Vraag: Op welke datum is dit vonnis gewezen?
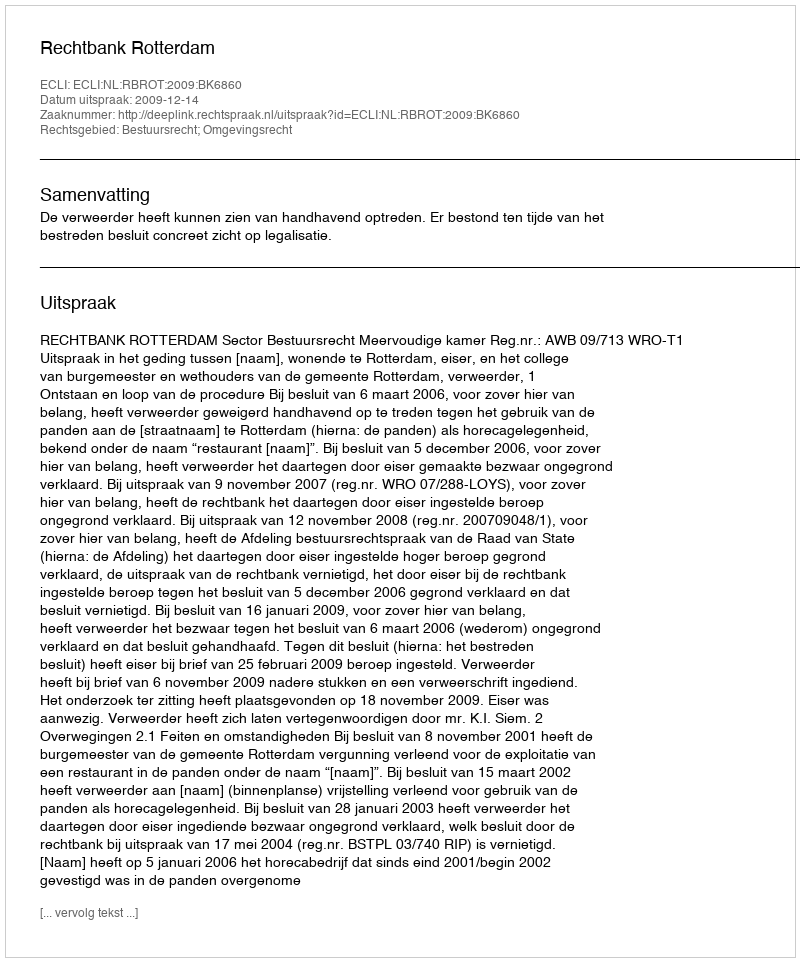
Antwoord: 2009-12-14